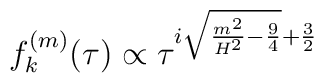
f^{(m)}_k(\tau)\propto \tau^{i \sqrt{\frac{m^2 }{H^2}-\frac{9}{4}}+\frac{3}{2} }